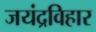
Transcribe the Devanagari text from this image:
जयंद्रविहार